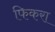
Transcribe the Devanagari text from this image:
फिकरा